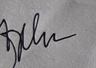
Signature authenticity: genuine